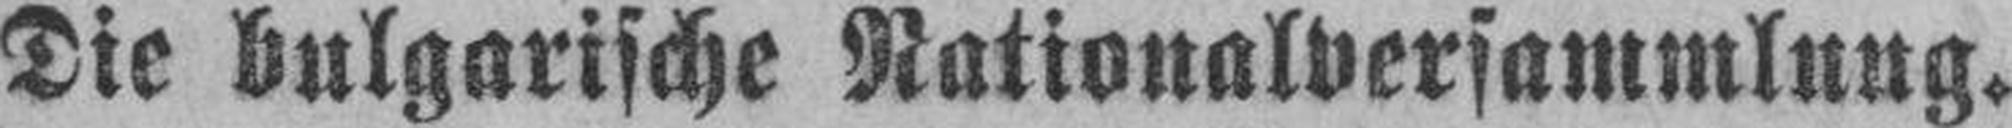
Die bulgarische Nationalversammlung.